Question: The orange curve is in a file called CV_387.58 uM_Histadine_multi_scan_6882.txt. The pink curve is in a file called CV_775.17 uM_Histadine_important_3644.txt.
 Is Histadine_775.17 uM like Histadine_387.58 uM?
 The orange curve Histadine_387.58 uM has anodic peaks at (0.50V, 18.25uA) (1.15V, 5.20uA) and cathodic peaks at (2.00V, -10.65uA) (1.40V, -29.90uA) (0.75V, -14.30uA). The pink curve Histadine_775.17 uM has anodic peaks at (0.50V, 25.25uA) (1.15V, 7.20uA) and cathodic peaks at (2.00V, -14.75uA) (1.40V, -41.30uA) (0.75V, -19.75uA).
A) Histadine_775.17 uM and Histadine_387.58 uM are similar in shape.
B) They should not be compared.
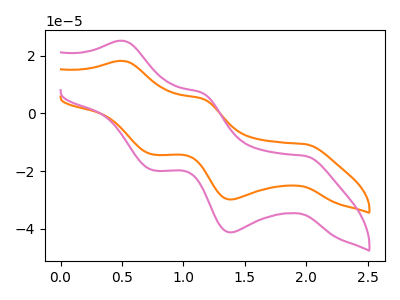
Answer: <think>All the peaks in "Histadine_775.17 uM" have a peak in "Histadine_387.58 uM" at the same potential. Every peak in "Histadine_775.17 uM" is higher than every peak in "Histadine_387.58 uM".
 </think>
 <answer>A) "Histadine_775.17 uM" and "Histadine_387.58 uM" are similar in shape.</answer>
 <eval>A</eval>